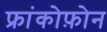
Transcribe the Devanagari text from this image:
फ्रांकोफ़ोन